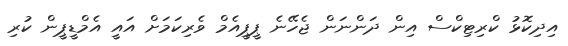
އިދިކޮޅު ކްރިޓިކްސް އިން ދަންނަން ޖެހޭނެ ޕީޕީއެމް ވެރިކަމަށް އައީ އެމްޑީޕީން ކުރި